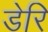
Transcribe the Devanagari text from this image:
डेरि